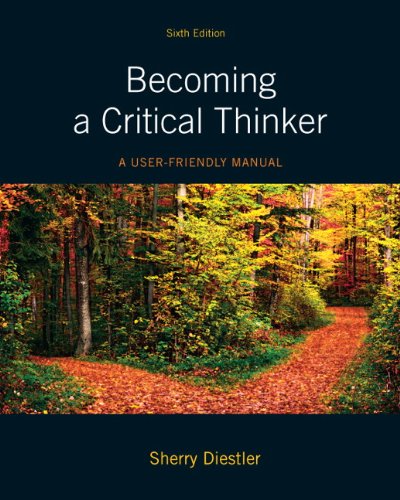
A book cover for Becoming a Critical Thinker: A User Friendly Manual (6th Edition) (MyThinkingLab Series); Sherry Diestler; Politics & Social Sciences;